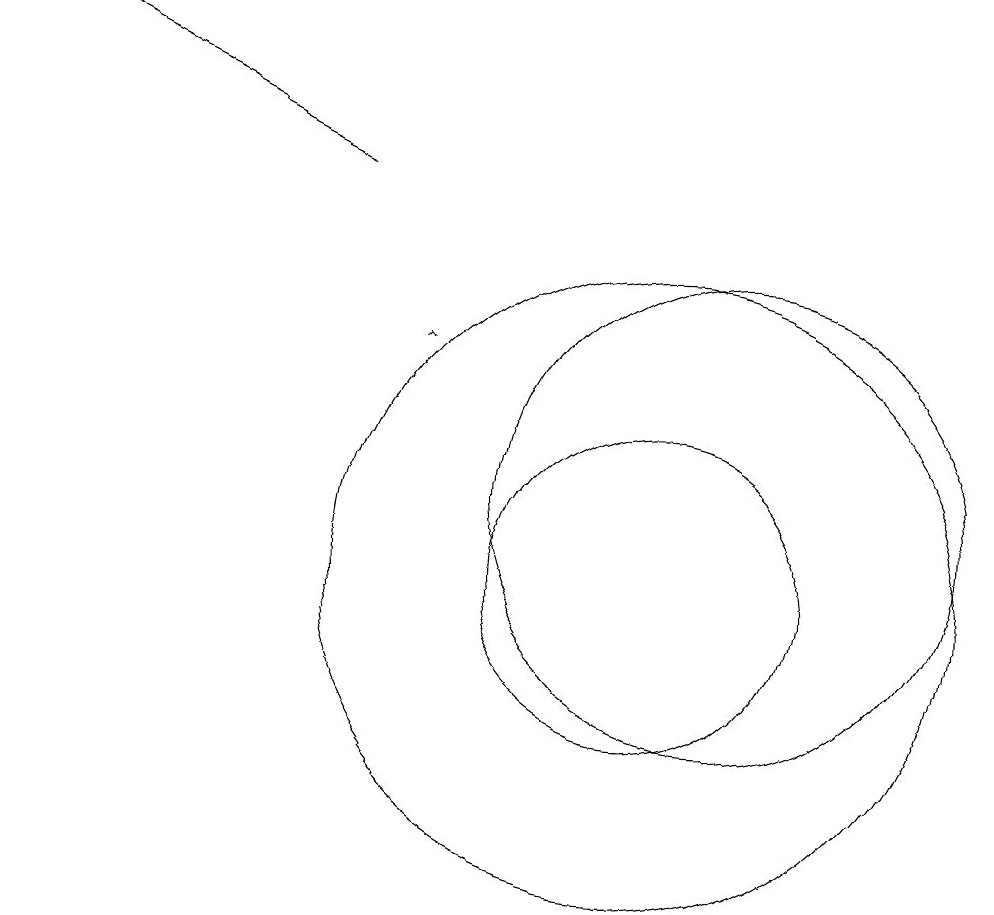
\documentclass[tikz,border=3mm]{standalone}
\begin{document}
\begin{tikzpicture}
\draw (12,11) circle (3);
\draw (11,10) circle (2);
\draw[->] (7,15) -- (3,17);
\draw (11,10) circle (4);
\draw[->] (8,13) -- (8,13);
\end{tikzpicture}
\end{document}